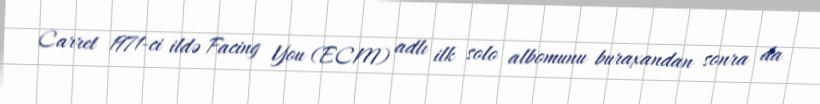
Carret 1971-ci ildə Facing You (ECM) adlı ilk solo albomunu buraxandan sonra da